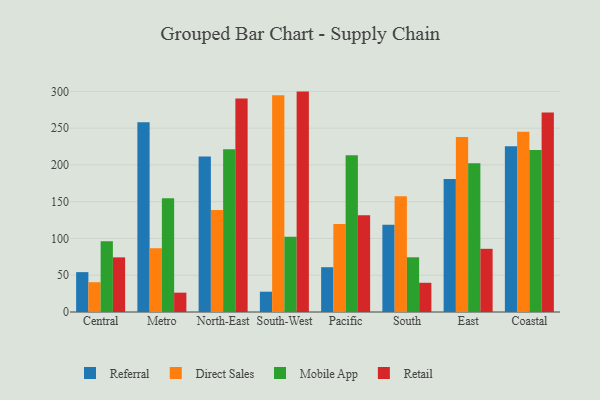
{"axis": {"x": "Region", "y": "Humidity (%)"}, "legend": ["Direct Sales", "Mobile App", "Referral", "Retail"], "data": [{"x": "Central", "y": 54.2, "type": "Referral"}, {"x": "Central", "y": 40.5, "type": "Direct Sales"}, {"x": "Central", "y": 96.3, "type": "Mobile App"}, {"x": "Central", "y": 74.3, "type": "Retail"}, {"x": "Metro", "y": 258.1, "type": "Referral"}, {"x": "Metro", "y": 86.7, "type": "Direct Sales"}, {"x": "Metro", "y": 154.7, "type": "Mobile App"}, {"x": "Metro", "y": 26.3, "type": "Retail"}, {"x": "North-East", "y": 211.5, "type": "Referral"}, {"x": "North-East", "y": 138.7, "type": "Direct Sales"}, {"x": "North-East", "y": 221.3, "type": "Mobile App"}, {"x": "North-East", "y": 290.3, "type": "Retail"}, {"x": "South-West", "y": 27.6, "type": "Referral"}, {"x": "South-West", "y": 294.8, "type": "Direct Sales"}, {"x": "South-West", "y": 102.2, "type": "Mobile App"}, {"x": "South-West", "y": 299.7, "type": "Retail"}, {"x": "Pacific", "y": 60.9, "type": "Referral"}, {"x": "Pacific", "y": 119.5, "type": "Direct Sales"}, {"x": "Pacific", "y": 213.3, "type": "Mobile App"}, {"x": "Pacific", "y": 131.4, "type": "Retail"}, {"x": "South", "y": 118.8, "type": "Referral"}, {"x": "South", "y": 157.3, "type": "Direct Sales"}, {"x": "South", "y": 74.4, "type": "Mobile App"}, {"x": "South", "y": 39.7, "type": "Retail"}, {"x": "East", "y": 180.9, "type": "Referral"}, {"x": "East", "y": 238.1, "type": "Direct Sales"}, {"x": "East", "y": 202.3, "type": "Mobile App"}, {"x": "East", "y": 85.9, "type": "Retail"}, {"x": "Coastal", "y": 225.5, "type": "Referral"}, {"x": "Coastal", "y": 245.2, "type": "Direct Sales"}, {"x": "Coastal", "y": 220.2, "type": "Mobile App"}, {"x": "Coastal", "y": 271.3, "type": "Retail"}]}